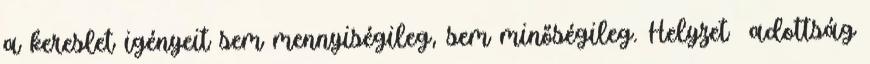
a kereslet igényeit sem mennyiségileg, sem minőségileg. Helyzet adottság